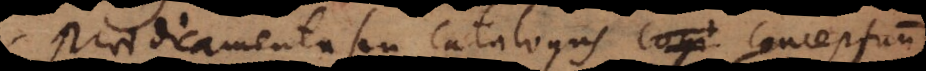
Praedicamenta seu catalogus cogi conceptuum